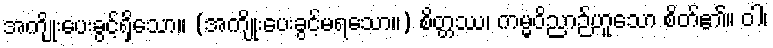
အကျိုးပေးခွင့်ရှိသော။ (အကျိုးပေးခွင့်မရသော။) စိတ္တဿ၊ ကမ္မဝိညာဉ်ဟူသော စိတ်၏။ ဝါ၊